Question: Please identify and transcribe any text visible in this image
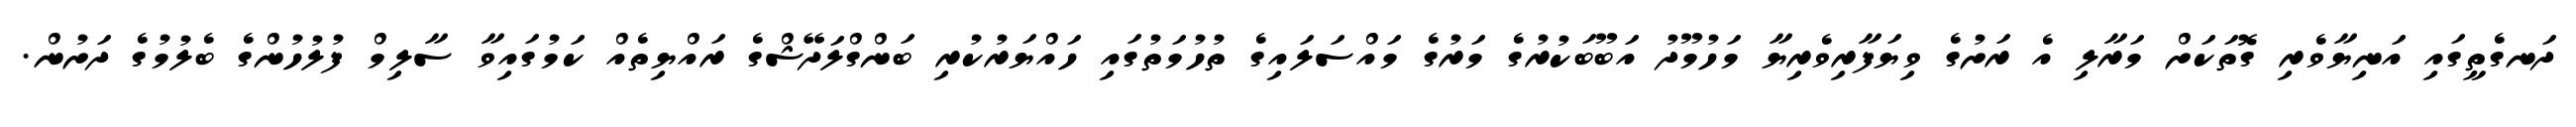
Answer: ދަނގެތީގައި އަނިޔާވެރި ގޮތަކަށް މަރާލި އެ ރަށުގެ ވިޔަފާރިވެރިޔާ މަހުމޫދު އަބޫބަކުރުގެ މަރުގެ މައްސަލައިގެ ތުހުމަތުގައި ހައްޔަރުކުރި ބަންގްލަދޭޝްގެ ރައްޔިތެއް ކަމުގައިވާ ސާލިމް ފުލުހުންގެ ބެލުމުގެ ދަށުން.